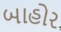
બાહોર